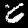
Label: 6